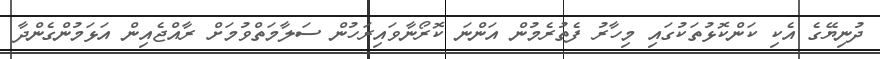
ދުނިޔޭގެ އެކި ކަންކޮޅުތަކުގައި މިހާރު ފެތުރެމުން އަންނަ ކޮރޯނާވައިރަހުން ސަލާމަތްވުމަށް ރާއްޖެއިން އަޅަމުންގެންދާ